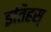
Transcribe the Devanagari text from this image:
इतिहस्